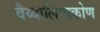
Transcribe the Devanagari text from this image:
वैय्यालिंगाकोण